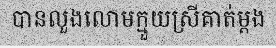
បានលួងលោមក្មួយស្រីគាត់ម្តង